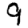
Digit: 9